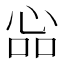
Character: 𢙈